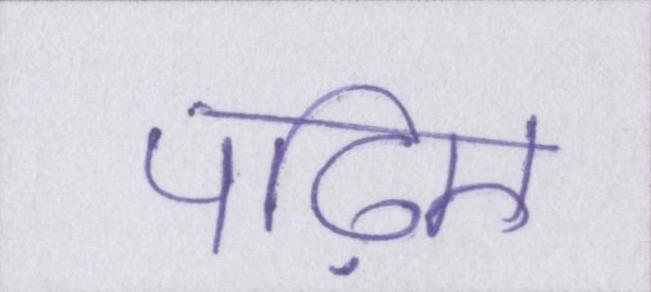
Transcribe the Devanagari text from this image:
पढ़िए